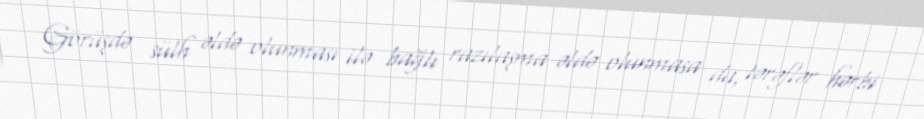
Görüşdə sülh əldə olunması ilə bağlı razılaşma əldə olunmasa da, tərəflər hərbi